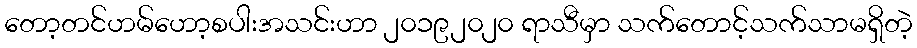
တော့တင်ဟမ်ဟော့စပါးအသင်းဟာ ၂၀၁၉၂၀၂၀ ရာသီမှာ သက်တောင့်သက်သာမရှိတဲ့